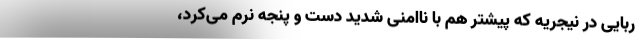
ربایی در نیجریه که پیشتر هم با ناامنی شدید دست و پنجه نرم می‌کرد،